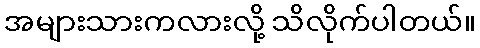
အများသားကလားလို့ သိလိုက်ပါတယ်။